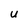
Character: U